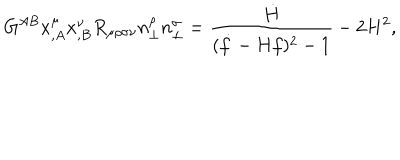
G ^ { A B } x _ { , A } ^ { \mu } x _ { , B } ^ { \nu } R _ { \mu \rho \sigma \nu } n _ { \perp } ^ { \rho } n _ { \perp } ^ { \sigma } = \frac { \dot { H } } { ( \dot { f } - H f ) ^ { 2 } - 1 } - 2 H ^ { 2 } ,